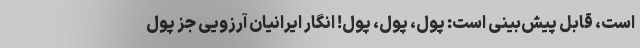
است، قابل پیش‌بینی است: پول، پول، پول! انگار ایرانیان آرزویی جز پول